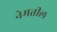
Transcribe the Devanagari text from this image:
नेमतील